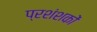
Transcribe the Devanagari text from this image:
प्रशंशकों